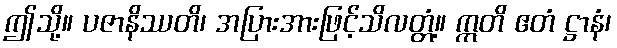
ဤသို့။ ပဇာနိဿတိ၊ အပြားအားဖြင့်သိလတ္တံ့။ ဣတိ ဧတံ ဋ္ဌာနံ၊